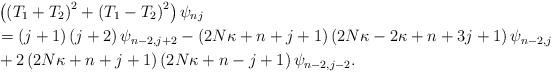
LaTeX: \begin{align*}& \left( \left( T_{1}+T_{2}\right) ^{2}+\left( T_{1}-T_{2}\right)^{2}\right) \psi_{nj}\\& =\left( j+1\right) \left( j+2\right) \psi_{n-2,j+2}-\left(2N\kappa+n+j+1\right) \left( 2N\kappa-2\kappa+n+3j+1\right) \psi_{n-2,j}\\& +2\left( 2N\kappa+n+j+1\right) \left( 2N\kappa+n-j+1\right)\psi_{n-2,j-2}.\end{align*}